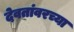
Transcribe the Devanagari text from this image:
देवतांवरच्या